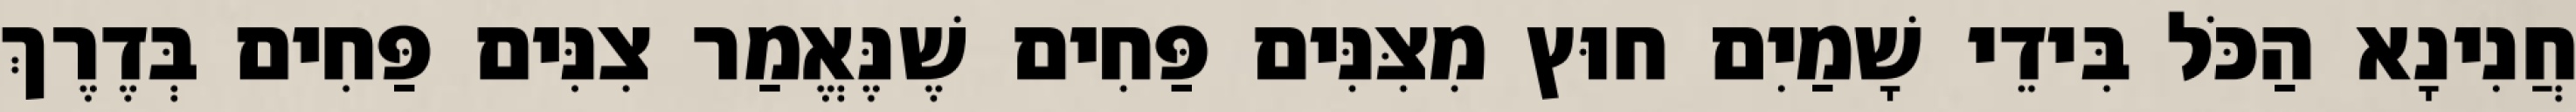
חֲנִינָא הַכֹּל בִּידֵי שָׁמַיִם חוּץ מִצִּנִּים פַּחִים שֶׁנֶּאֱמַר צִנִּים פַּחִים בְּדֶרֶךְ